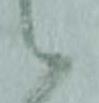
候